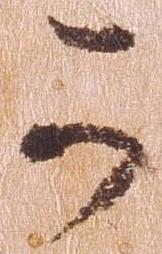
可